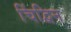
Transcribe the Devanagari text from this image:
चिंद्विन